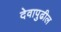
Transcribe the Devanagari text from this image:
देवापुढील